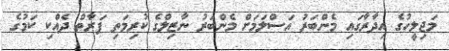
މަޖިލީހުގެ އިދާރާގައި މެންބަރު އަސްލަމަށް މެންބަރު ނާޒިލްގެ ކުރިމަތި ފަރާތް ދެއްކި ކަމުގެ